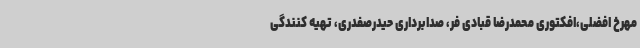
مهرخ افضلی،افکتوری محمدرضا قبادی فر، صدابرداری حیدرصفدری، تهیه کنندگی